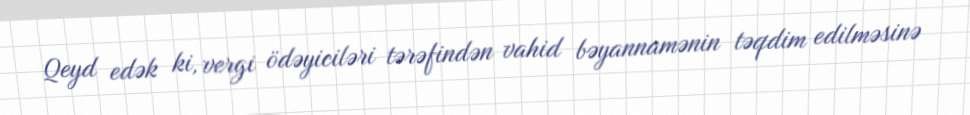
Qeyd edək ki, vergi ödəyiciləri tərəfindən vahid bəyannamənin təqdim edilməsinə